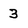
Character: 3